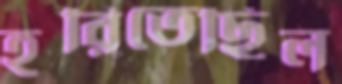
হরিতেছিল